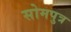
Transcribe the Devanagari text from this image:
सोमपुत्र